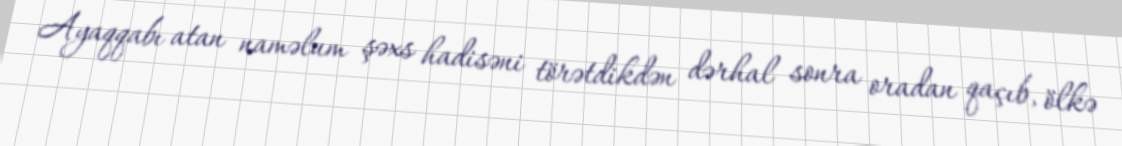
Ayaqqabı atan naməlum şəxs hadisəni törətdikdən dərhal sonra oradan qaçıb, ölkə